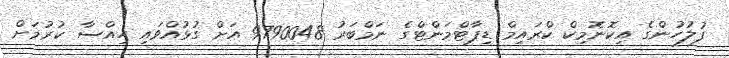
ފުލުހުންގެ އިކޮނޮމިކް ކްރައިމް ޑިޕާޓްމަންޓްގެ ނަމްބަރު 9790048 އަށް ގުޅުއްވައި ހިއްސާ ކުރުމަށް